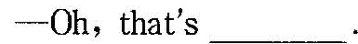
——Oh,that's ___.